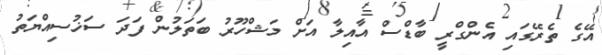
އޭގެ ތެރޭގައި އެންގްރީ ބާޑްސް އާއިލާ އަށް މަޝްހޫރު ބަތަލުން ފަދަ ސަޚުސިއްޔަތު